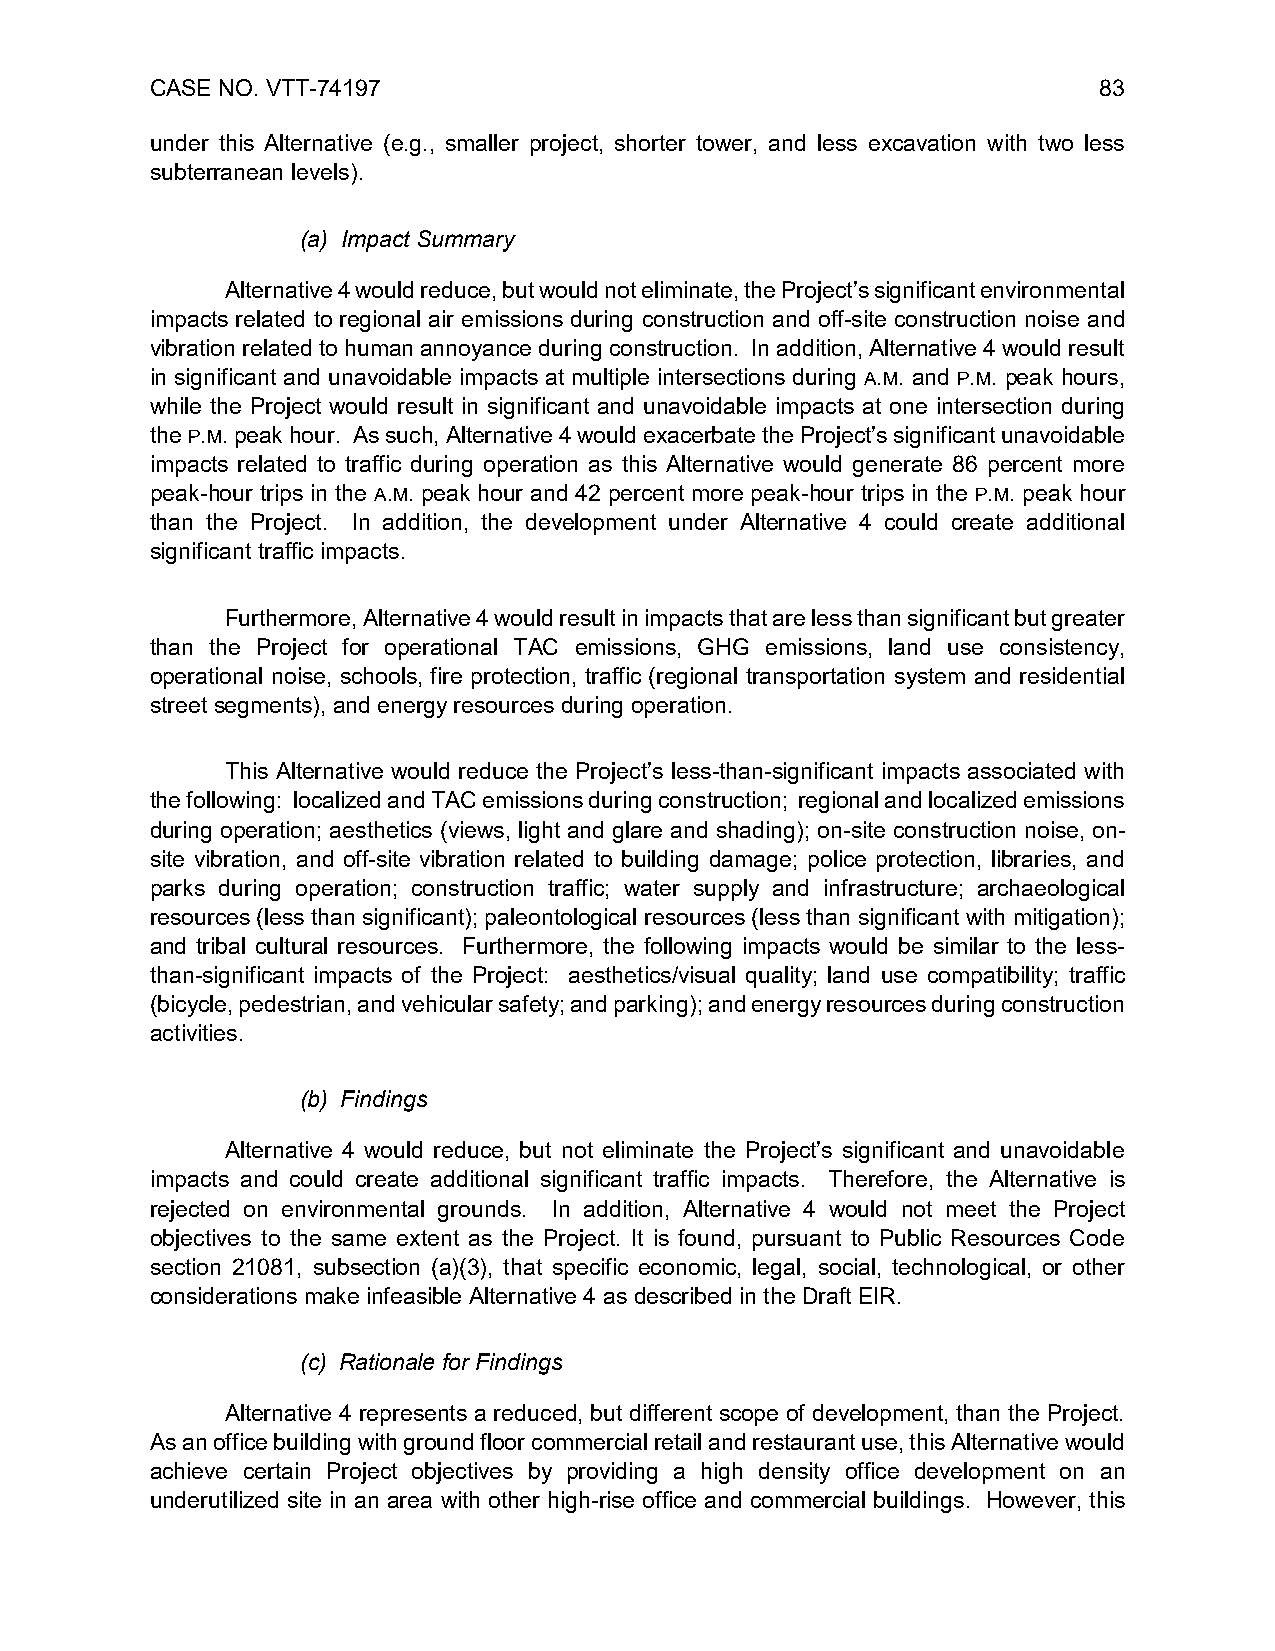
CASE NO. VTT-74197                                             83
 under this Alternative (e.g., smaller project, shorter tower, and less excavation with two less
 subterranean levels).
 (a) Impact Summary
 Alternative 4 would reduce, but would not eliminate, the Project’s significant environmental
 impacts related to regional air emissions during construction and off-site construction noise and
 vibration related to human annoyance during construction. In addition, Alternative 4 would result
 in significant and unavoidable impacts at multiple intersections during A.M. and P.M. peak hours,
 while the Project would result in significant and unavoidable impacts at one intersection during
 the P.M. peak hour. As such, Alternative 4 would exacerbate the Project’s significant unavoidable
 impacts related to traffic during operation as this Alternative would generate 86 percent more
 peak-hour trips in the A.M. peak hour and 42 percent more peak-hour trips in the P.M. peak hour
 than the Project. In addition, the development under Alternative 4 could create additional
 significant traffic impacts.
 Furthermore, Alternative 4 would result in impacts that are less than significant but greater
 than the Project for operational TAC emissions, GHG emissions, land use consistency,
 operational noise, schools, fire protection, traffic (regional transportation system and residential
 street segments), and energy resources during operation.
 This Alternative would reduce the Project’s less-than-significant impacts associated with
 the following: localized and TAC emissions during construction; regional and localized emissions
 during operation; aesthetics (views, light and glare and shading); on-site construction noise, on-
 site vibration, and off-site vibration related to building damage; police protection, libraries, and
 parks during operation; construction traffic; water supply and infrastructure; archaeological
 resources (less than significant); paleontological resources (less than significant with mitigation);
 and tribal cultural resources. Furthermore, the following impacts would be similar to the less-
 than-significant impacts of the Project: aesthetics/visual quality; land use compatibility; traffic
 (bicycle, pedestrian, and vehicular safety; and parking); and energy resources during construction
 activities.
 (b) Findings
 Alternative 4 would reduce, but not eliminate the Project’s significant and unavoidable
 impacts and could create additional significant traffic impacts. Therefore, the Alternative is
 rejected on environmental grounds. In addition, Alternative 4 would not meet the Project
 objectives to the same extent as the Project. It is found, pursuant to Public Resources Code
 section 21081, subsection (a)(3), that specific economic, legal, social, technological, or other
 considerations make infeasible Alternative 4 as described in the Draft EIR.
 (c) Rationale for Findings
 Alternative 4 represents a reduced, but different scope of development, than the Project.
 As an office building with ground floor commercial retail and restaurant use, this Alternative would
 achieve certain Project objectives by providing a high density office development on an
 underutilized site in an area with other high-rise office and commercial buildings. However, this